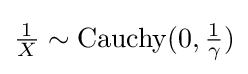
{\tfrac {1}{X}}\sim \operatorname {Cauchy} (0,{\tfrac {1}{\gamma }})